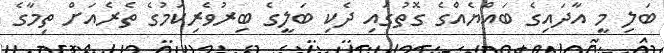
ބަލި މީ އާދައިގެ ބައްޔެއްގެ ގޮތުގައި ދެކި ބަލީގެ ބިރުވެރިކަމުގެ ތެރެއަށް ތިމާގެ